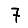
Digit: 7